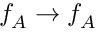
f _ { A } \rightarrow f _ { A }